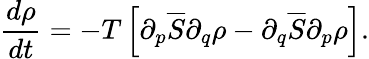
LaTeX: \frac{d\rho}{dt}=-T\left[\partial_{p}\overline{{S}}\partial_{q}\rho-\partial_{q}\overline{{S}}\partial_{p}\rho\right].